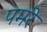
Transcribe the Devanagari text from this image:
पमरे